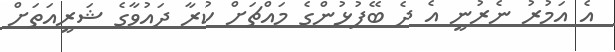
އެ އަމުރު ނެރުނީ އެ ދެ ބޭފުޅުންގެ މައްޗަށް ކުރާ ދައުވާގެ ޝަރީއަތަށް